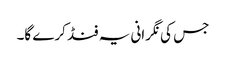
جس کی نگرانی یہ فنڈ کرے گا۔